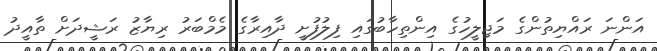
އަންނަ ރައްޔިތުންގެ މަޖިލީހުގެ އިންތިހާބުގައި ފިލުފުށީ ދާއިރާގެ މެމްބަރު ރިޔާޒު ރަޝީދަށް ތާއީދު